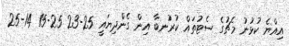
އިއްޔެ ކުޅުނު މެޗުގެ ސެޓުތައް ކުރުނބާ އިން ގެންދިޔައީ 25-23 25-15 14-25